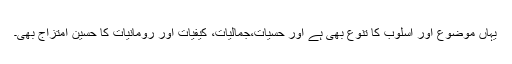
یہاں موضوع اور اسلوب کا تنوع بھی ہے اور حسیات،جمالیات، کیفیات اور رومانیات کا حسین امتزاج بھی۔